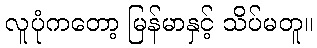
လူပုံကတော့ မြန်မာနှင့် သိပ်မတူ။